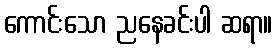
ကောင်းသော ညနေခင်းပါ ဆရာ။